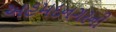
અહમદનગરની